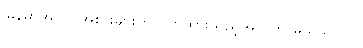
မြန်မာအဝတ်အစားများကို ဝတ်ထားသည့်အတွက် မသိသာလှ။